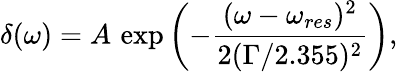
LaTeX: \delta(\omega)=A\, \exp\left(-\frac{(\omega-\omega_{res})^{2}}{2(\Gamma/2.355)^{2}}\right),